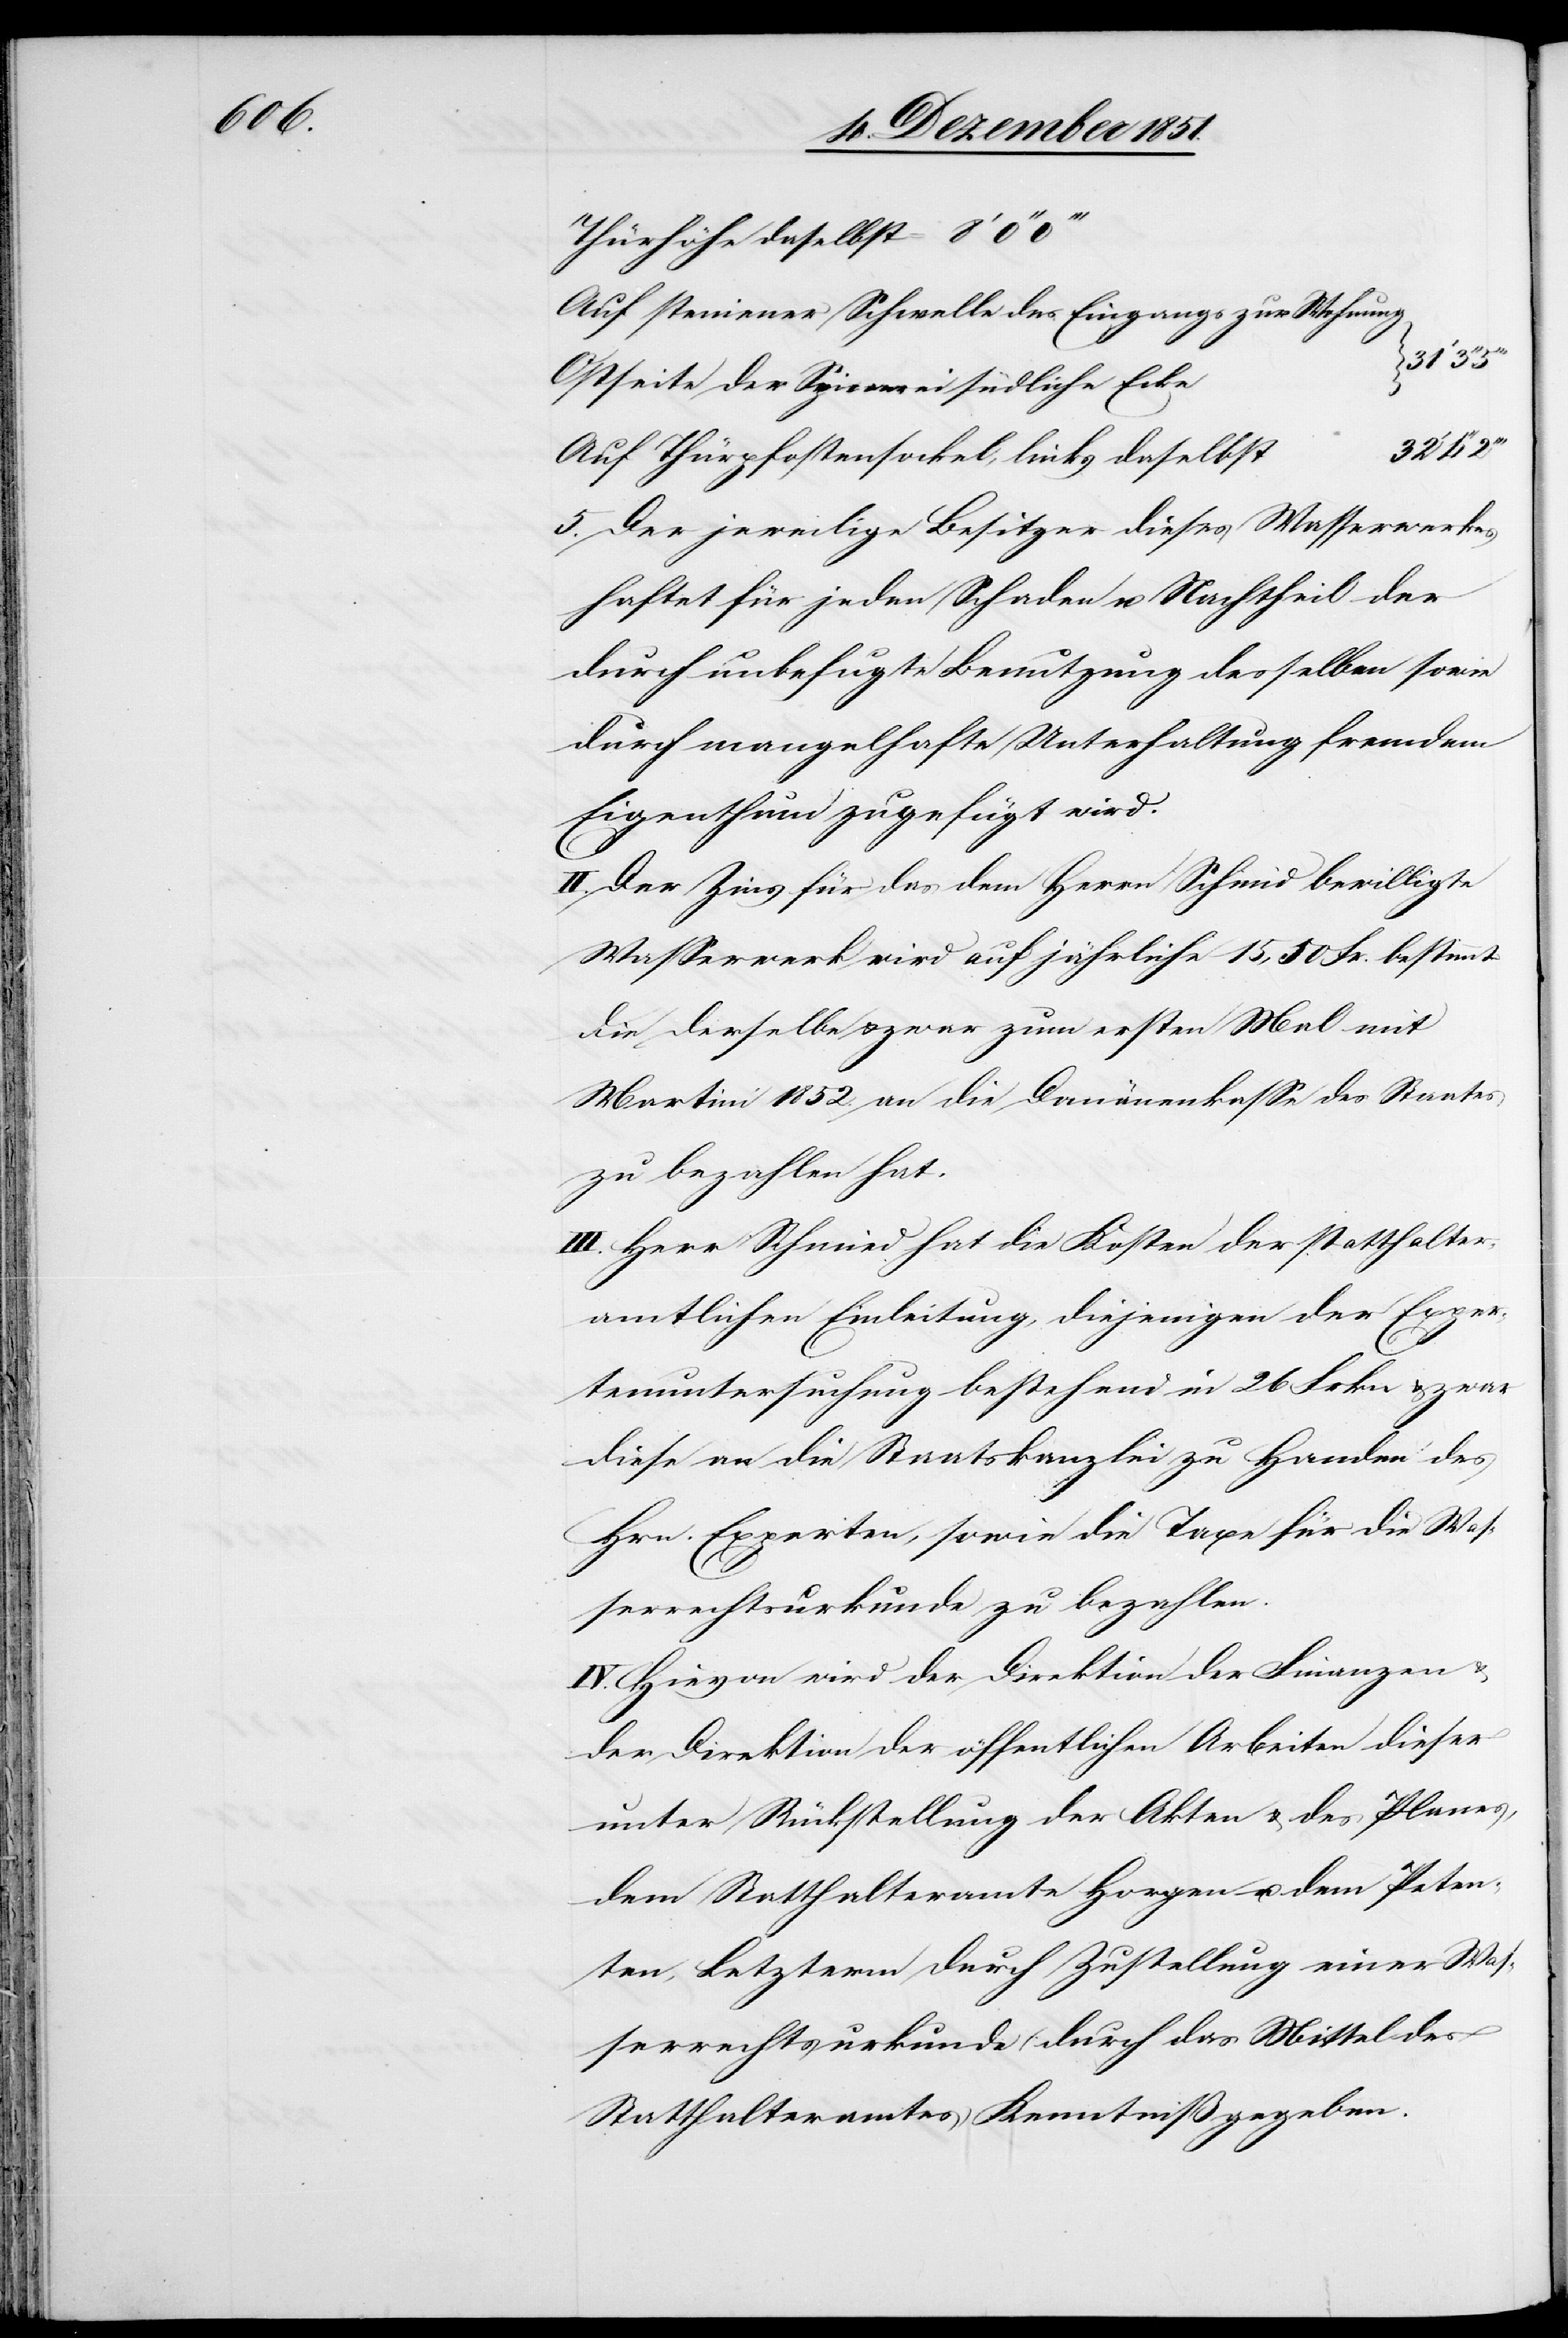
Thürhöhe daselbst =
Auf steinener Schwelle des Eingangs zur Wohnung
Ostseite der Spinnerei südliche Ecke
31‘
Auf Thürpfostensockel, links daselbst
5. Der jeweilige Besitzer dieses Wasserwerkes
haftet für jeden Schaden u. Nachtheil der
durch unbefugte Benutzung desselben sowie
durch mangelhafte Unterhaltung fremdem
Eigenthum zugefügt wird.
II. Der Zins für das dem Herrn Schmid [sic!] bewilligte
Wasserwerk wird auf jährliche 15,50 Fr. bestimmt
die derselbe & zwar zum ersten Mal mit
Martini 1852. an die Domänenkasse des Staates
zu bezahlen hat.
III. Herr Schmied hat die Kosten der statthalter¬
amtlichen Einleitung, diejenigen der Exper¬
tenuntersuchung bestehend in 26 Frkn & zwar
diese an die Staatskanzlei zu Handen des
Hrn. Experten, sowie die Taxe für die Was¬
serrechtsurkunde zu bezahlen.
IV. Hievon wird der Direktion der Finanzen &
der Direktion der öffentlichen Arbeiten dieser
unter Rückstellung der Akten & des Planes,
dem Statthalteramte Horgen u. dem Peten¬
ten, Letzterm durch Zustellung einer Was¬
serrechtsurkunde durch das Mittel des
Statthalteramtes Kenntniß gegeben.